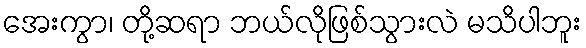
အေးကွာ၊ တို့ဆရာ ဘယ်လိုဖြစ်သွားလဲ မသိပါဘူး